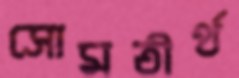
সোমতীর্থ